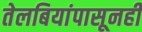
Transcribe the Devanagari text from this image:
तेलबियांपासूनही